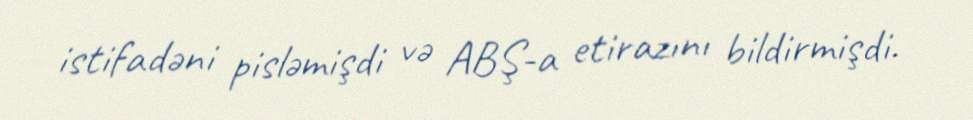
istifadəni pisləmişdi və ABŞ-a etirazını bildirmişdi.